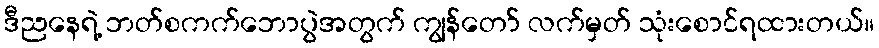
ဒီညနေရဲ့ ဘတ်စကက်ဘောပွဲအတွက် ကျွန်တော် လက်မှတ် သုံးစောင်ရထားတယ်။